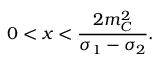
0 < x < \frac { 2 m _ { C } ^ { 2 } } { \sigma _ { 1 } - \sigma _ { 2 } } .